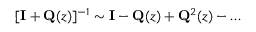
[ \mathbf { I } + \mathbf { Q } ( z ) ] ^ { - 1 } \sim \mathbf { I } - \mathbf { Q } ( z ) + \mathbf { Q } ^ { 2 } ( z ) - \dots